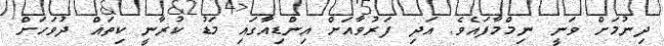
ދިނުމަށް ވަނީ ނިމްމާފައެވެ. އަދި ފަރުވާއަށް އިންޑިއާގައި މަޑު ކުރާނީ ކިތައް ދުވަހަށް